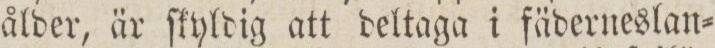
ålder, är ſkyldig att deltaga i fäderneslan=